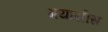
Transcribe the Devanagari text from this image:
गयासीस